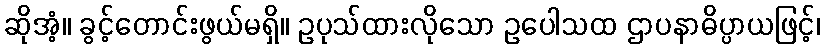
ဆိုအံ့။ ခွင့်တောင်းဖွယ်မရှိ။ ဥပုသ်ထားလိုသော ဥပေါသထ ဌာပနာဓိပ္ပာယဖြင့်၊